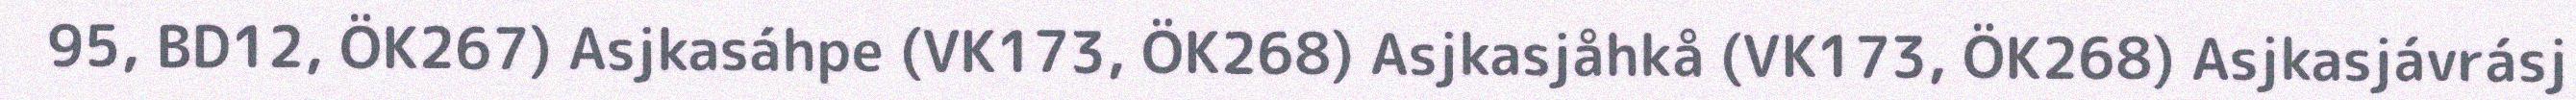
95, BD12, ÖK267) Asjkasáhpe (VK173, ÖK268) Asjkasjåhkå (VK173, ÖK268) Asjkasjávrásj